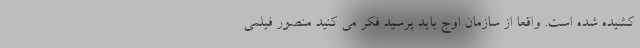
کشیده شده است. واقعا از سازمان اوج باید پرسید فکر می کنید منصور فیلمی